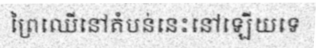
ព្រៃឈើនៅតំបន់នេះនៅឡើយទេ